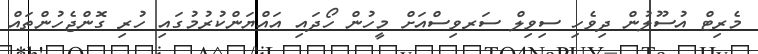
މެރިޓް އުސޫލުން ދިވެހި ސިވިލް ސަރވިސްއަށް މީހުން ހޯދައި އައްޔަންކުރުމުގައި ހުރި ގޮންޖެހުންތައް